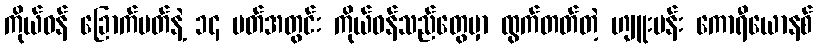
ကိုယ်ဝန် ခြောက်ပတ်နဲ့ ၁၄ ပတ်အတွင်း ကိုယ်ဝန်သည်တွေမှာ ထွက်တတ်တဲ့ ဟျူးမန်း ကောရီယောနစ်